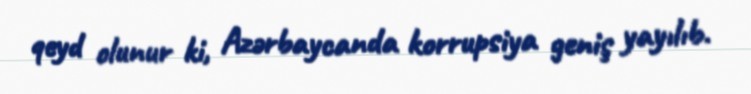
qeyd olunur ki, Azərbaycanda korrupsiya geniş yayılıb.